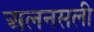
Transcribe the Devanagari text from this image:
अलनसली